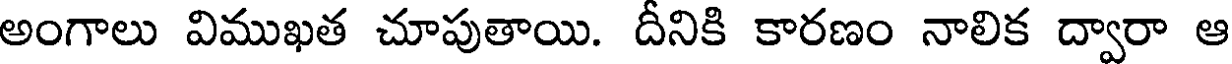
అంగాలు విముఖత చూపుతాయి. దీనికి కారణం నాలిక ద్వారా ఆ